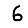
Digit: 6